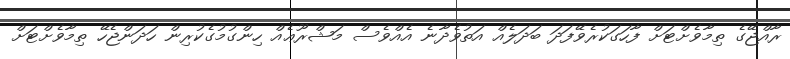
ރާއްޖޭގެ ތިމާވެށްޓަށް ފާހަގަކުރެވޭފަދަ ބަދަލެއް އަތުވެދާނެ އެއްވެސް މަޝްރޫޢެއް ހިންގުމުގެކުރިން ހަދަންޖެހޭ ތިމާވެށްޓަށް